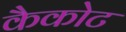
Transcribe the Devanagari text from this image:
कैकोट